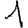
Digit: 1